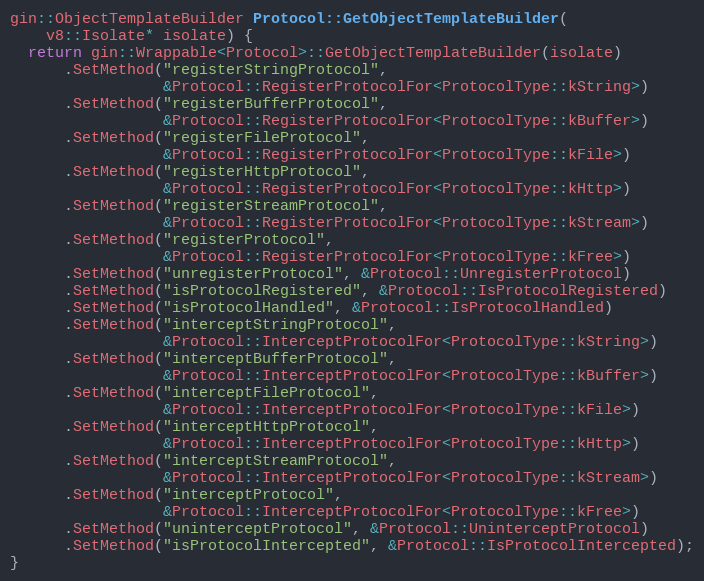
Language: C++
gin::ObjectTemplateBuilder Protocol::GetObjectTemplateBuilder(
    v8::Isolate* isolate) {
  return gin::Wrappable<Protocol>::GetObjectTemplateBuilder(isolate)
      .SetMethod("registerStringProtocol",
                 &Protocol::RegisterProtocolFor<ProtocolType::kString>)
      .SetMethod("registerBufferProtocol",
                 &Protocol::RegisterProtocolFor<ProtocolType::kBuffer>)
      .SetMethod("registerFileProtocol",
                 &Protocol::RegisterProtocolFor<ProtocolType::kFile>)
      .SetMethod("registerHttpProtocol",
                 &Protocol::RegisterProtocolFor<ProtocolType::kHttp>)
      .SetMethod("registerStreamProtocol",
                 &Protocol::RegisterProtocolFor<ProtocolType::kStream>)
      .SetMethod("registerProtocol",
                 &Protocol::RegisterProtocolFor<ProtocolType::kFree>)
      .SetMethod("unregisterProtocol", &Protocol::UnregisterProtocol)
      .SetMethod("isProtocolRegistered", &Protocol::IsProtocolRegistered)
      .SetMethod("isProtocolHandled", &Protocol::IsProtocolHandled)
      .SetMethod("interceptStringProtocol",
                 &Protocol::InterceptProtocolFor<ProtocolType::kString>)
      .SetMethod("interceptBufferProtocol",
                 &Protocol::InterceptProtocolFor<ProtocolType::kBuffer>)
      .SetMethod("interceptFileProtocol",
                 &Protocol::InterceptProtocolFor<ProtocolType::kFile>)
      .SetMethod("interceptHttpProtocol",
                 &Protocol::InterceptProtocolFor<ProtocolType::kHttp>)
      .SetMethod("interceptStreamProtocol",
                 &Protocol::InterceptProtocolFor<ProtocolType::kStream>)
      .SetMethod("interceptProtocol",
                 &Protocol::InterceptProtocolFor<ProtocolType::kFree>)
      .SetMethod("uninterceptProtocol", &Protocol::UninterceptProtocol)
      .SetMethod("isProtocolIntercepted", &Protocol::IsProtocolIntercepted);
}